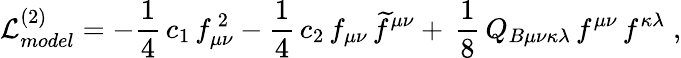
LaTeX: {\cal L}_{model}^{(2)}=-\frac{1}{4}\, c_{1}\, f_{\mu\nu}^{\, 2}-\frac{1}{4}\, c_{2}\, f_{\mu\nu}\, \widetilde{f}^{\mu\nu}+\, \frac{1}{8}\, Q_{B\mu\nu\kappa\lambda}\, f^{\mu\nu}\, f^{\kappa\lambda}\; ,